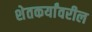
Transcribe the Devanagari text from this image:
शेतकर्यांवरील